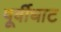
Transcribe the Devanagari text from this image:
पूर्वीघाट